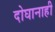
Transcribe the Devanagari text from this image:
दोघानाही